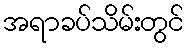
အရာခပ်သိမ်းတွင်